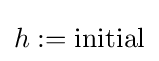
h:={\text{initial}}